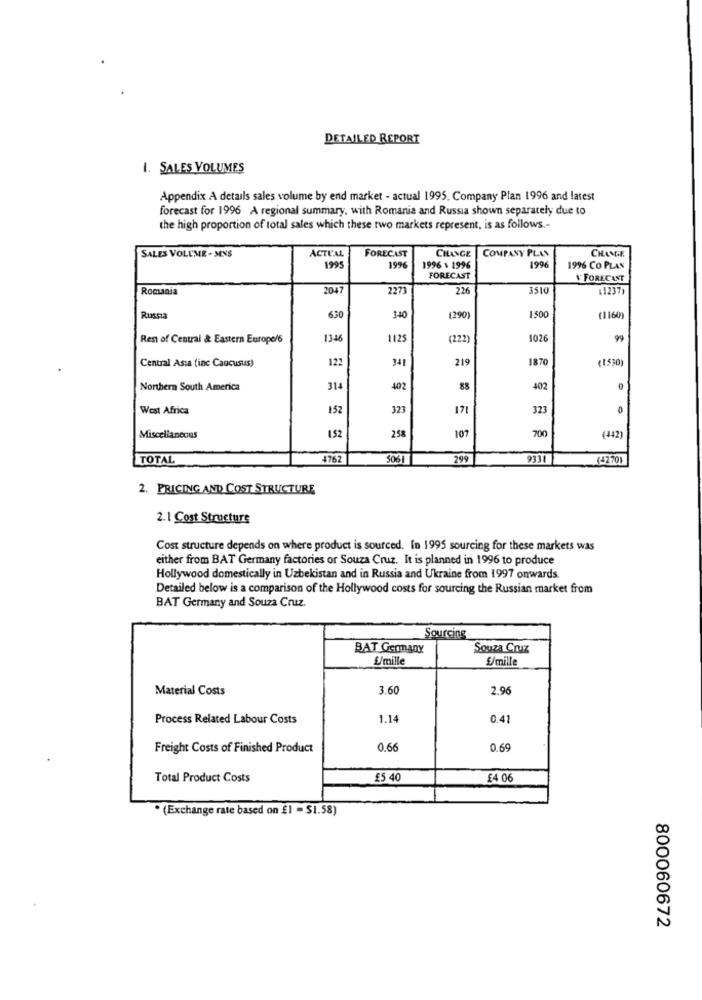
DETAILED REPORT
1. SALES VOLUMES
Appendix A details sales volume by end market - actual 1995. Company Plan 1996 and latest
forecast for 1996 A regional summary, with Romania and Russia shown separately due to
the high proportion of total sales which these two markets represent, is as follows .-
ACTUAL
CHANGE
SALES VOLUME . MENS
FORECAST
COMPANY PLAS
CHAME
1995
1996
1996 \ 1996
1996
1996 CO PLAS
FORECAST
FORECAST
Romania
2047
227
226
3510
(1237)
Russia
630
340
(290)
1500
(1160)
Rest of Central & Eastern Europe/6
134
1125
(222)
4026
99
Central Asia (inc Caucusus)
122
341
219
187
(1530)
Northern South America
402
88
402
West Africa
152
323
171
323
0
107
700
Miscellaneous
152
258
(442)
TOTAL
476
5061
299
9331
(4270)
2. PRICING AND COST STRUCTURE
2.1 Cost Structure
Cost structure depends on where product is sourced. In 1995 sourcing for these markets was
either from BAT Germany factories or Souza Cruz. It is planned in 1996 to produce
Hollywood domestically in Uzbekistan and in Russia and Ukraine from 1997 onwards.
Detailed below is a comparison of the Hollywood costs for sourcing the Russian market from
BAT Germany and Souza Cruz.
Sourcing
BAT Germany
Souza Cruz
£/mille
£/mille
Material Costs
3.60
2.96
Process Related Labour Costs
1.14
0.41
Freight Costs of Finished Product
0.66
0.69
Total Product Costs
£5 40
£4 06
·(Exchange rate based on £1 = $1.58)
800060672